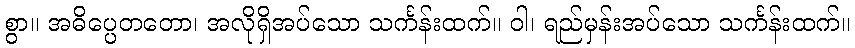
စွာ။ အဓိပ္ပေတတော၊ အလိုရှိအပ်သော သင်္ကန်းထက်။ ဝါ၊ ရည်မှန်းအပ်သော သင်္ကန်းထက်။